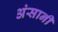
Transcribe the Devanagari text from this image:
अंसानी